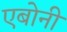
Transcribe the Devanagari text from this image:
एबोनी